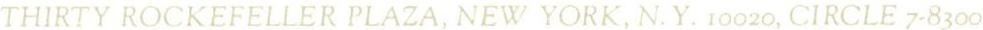
THIRTY ROCKEFELLER PLAZA, NEW YORK, N.Y. 10020, CIRCLE 7-8300